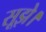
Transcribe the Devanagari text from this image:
सूझे।